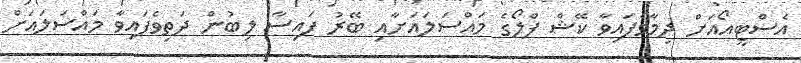
އެސްޓީއޯއަށް ދިމާވެފައިވާ ކޭޝް ފްލޯގެ މައްސަލައަށާއި ބޭރު ފައިސާ ލިބުން ދަތިވެފައިވާ މައްސަލައަށް